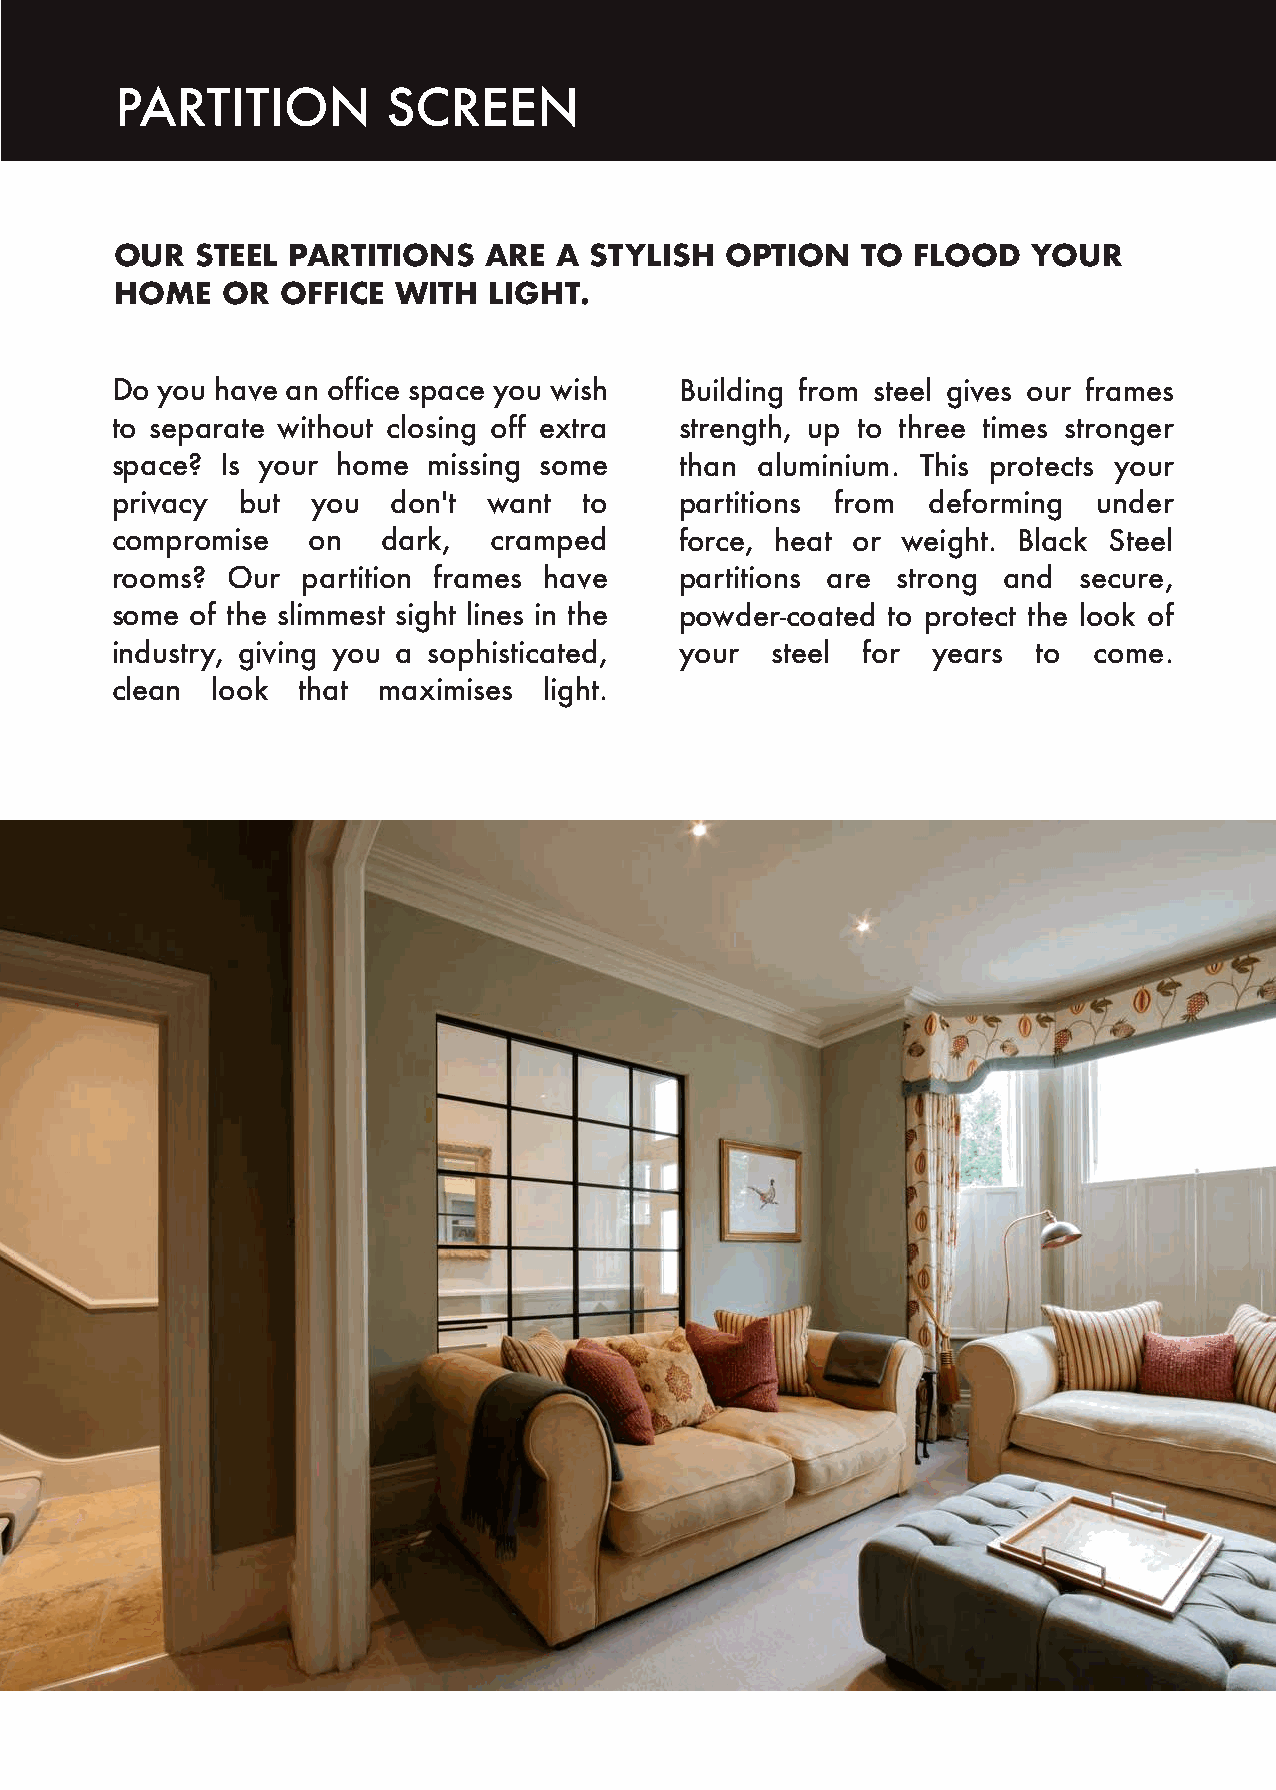
PARTITION         SCREEN
 OUR  STEEL PARTITIONS   ARE  A STYLISH  OPTION   TO  FLOOD  YOUR
 HOME   OR  OFFICE WITH  LIGHT.
 Do you have an office space you wish  Building from steel gives our frames
 to separate without closing off extra strength, up to three times stronger
 space?  Is your home missing some     than aluminium. This protects your
 privacy  but  you  don't want   to    partitions from deforming   under
 compromise   on   dark,   cramped     force, heat or weight. Black Steel
 rooms?  Our  partition frames have    partitions are strong and secure,
 some  of the slimmest sight lines in the powder-coated to protect the look of
 industry, giving you a sophisticated, your  steel for  years  to come.
 clean  look  that maximises  light.